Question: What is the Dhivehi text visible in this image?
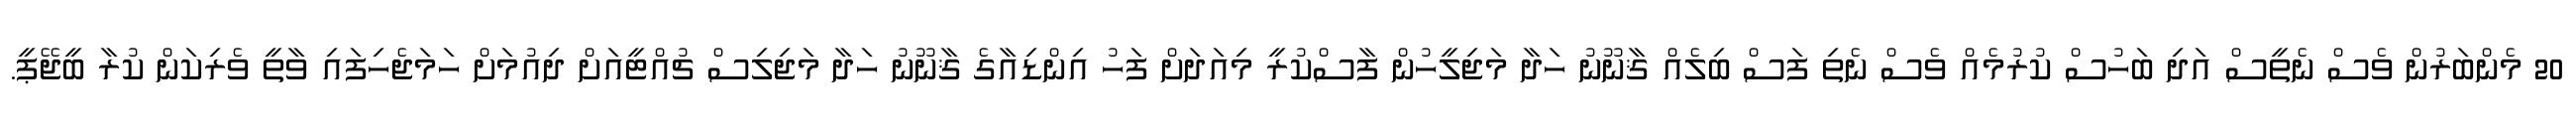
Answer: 20 މެންބަރުން ވެސް ނެތީސް އަދި ބަހުސް ކުރުމެއް ވެސް ނެތި ފަސް ބިލެއް ޤާނޫނު ހަދާ މަޖިލީހުން ފާސްކުރީ މިއަދަށް ފަހު އިންޑިއާގެ ޤާނޫނު ހަދާ މަޖިލިސް ޗުއްޓީއަށް ދިއުމަށް ހަމަޖެހިފައި ވާތީ ވެރިކަން ކުރާ ބީޖޭޕީ.